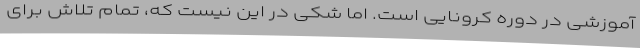
آموزشی در دوره کرونایی است. اما شکی در این نیست که، تمام تلاش برای